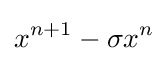
x^{n+1}-\sigma x^{n}